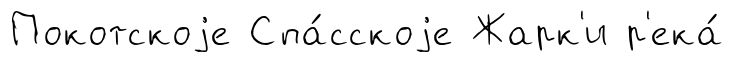
Покотскоjе Спа́сскоjе Жарк'и р'ека́